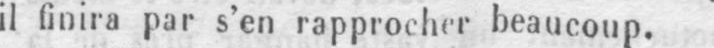
il finira par s’en rapprocher beaucoup.